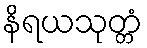
နိရယသုတ္တံ